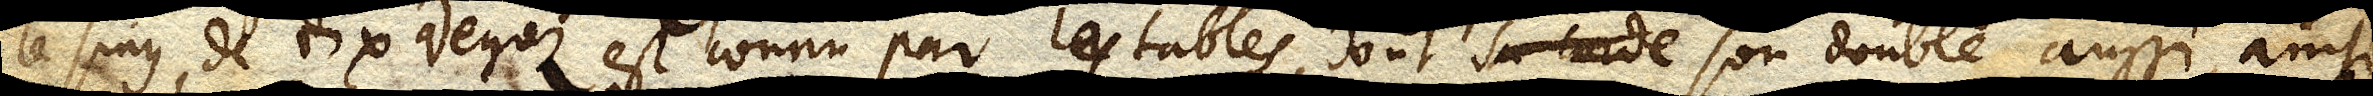
Le sinus de dix degrez est connu par les tables, dont sa corde son double aussi, ainsi